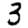
Digit: 3